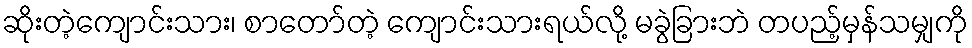
ဆိုးတဲ့ကျောင်းသား၊ စာတော်တဲ့ ကျောင်းသားရယ်လို့ မခွဲခြားဘဲ တပည့်မှန်သမျှကို